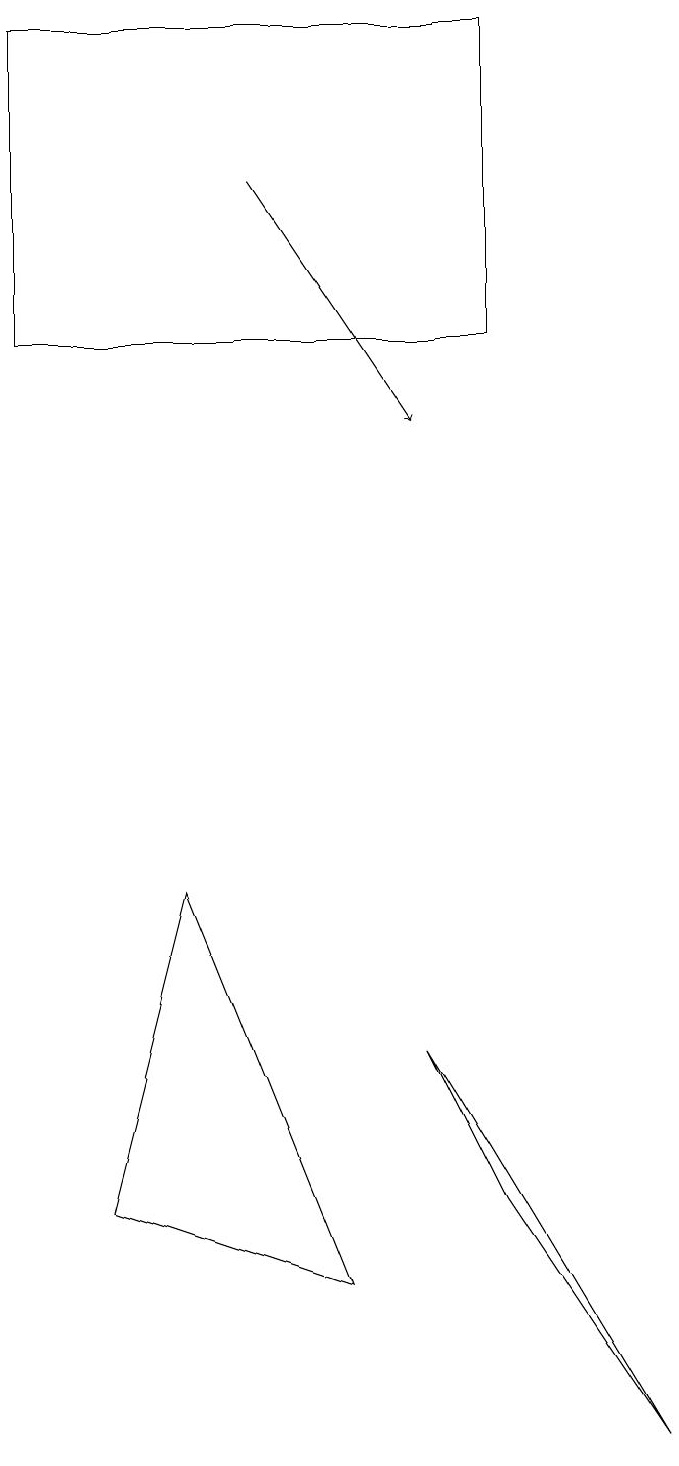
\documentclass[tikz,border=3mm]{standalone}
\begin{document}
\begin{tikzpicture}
\draw (1,14) rectangle (7,18);
\draw[->] (4,16) -- (6,13);
\draw (2,3) -- (3,7) -- (5,2) -- cycle;
\draw (7,3) -- (6,5) -- (9,0) -- cycle;
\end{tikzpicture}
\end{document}